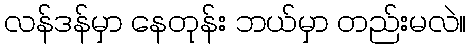
လန်ဒန်မှာ နေတုန်း ဘယ်မှာ တည်းမလဲ။